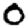
Digit: 0